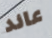
عائد